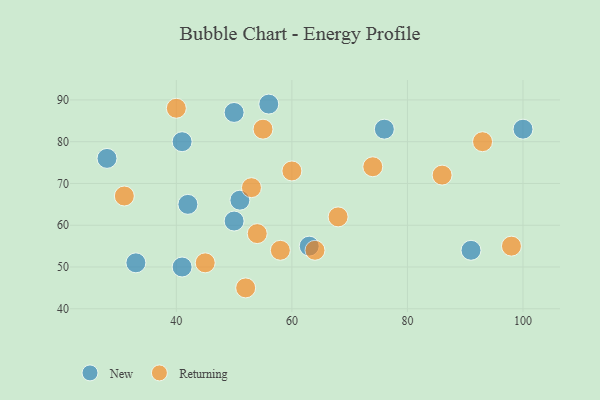
{"axis": {"x": "GDP", "y": "Life Expectancy"}, "legend": ["New", "Returning"], "data": [{"x": "51", "y": 66, "type": "New"}, {"x": "56", "y": 89, "type": "New"}, {"x": "91", "y": 54, "type": "New"}, {"x": "33", "y": 51, "type": "New"}, {"x": "41", "y": 80, "type": "New"}, {"x": "50", "y": 61, "type": "New"}, {"x": "50", "y": 87, "type": "New"}, {"x": "63", "y": 55, "type": "New"}, {"x": "76", "y": 83, "type": "New"}, {"x": "41", "y": 50, "type": "New"}, {"x": "28", "y": 76, "type": "New"}, {"x": "100", "y": 83, "type": "New"}, {"x": "42", "y": 65, "type": "New"}, {"x": "64", "y": 54, "type": "Returning"}, {"x": "45", "y": 51, "type": "Returning"}, {"x": "74", "y": 74, "type": "Returning"}, {"x": "55", "y": 83, "type": "Returning"}, {"x": "54", "y": 58, "type": "Returning"}, {"x": "68", "y": 62, "type": "Returning"}, {"x": "53", "y": 69, "type": "Returning"}, {"x": "52", "y": 45, "type": "Returning"}, {"x": "40", "y": 88, "type": "Returning"}, {"x": "86", "y": 72, "type": "Returning"}, {"x": "58", "y": 54, "type": "Returning"}, {"x": "98", "y": 55, "type": "Returning"}, {"x": "31", "y": 67, "type": "Returning"}, {"x": "93", "y": 80, "type": "Returning"}, {"x": "60", "y": 73, "type": "Returning"}]}